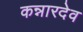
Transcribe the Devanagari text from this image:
कन्नारदेव